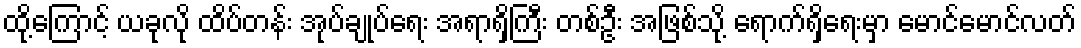
ထို့ကြောင့် ယခုလို ထိပ်တန်း အုပ်ချုပ်ရေး အရာရှိကြီး တစ်ဦး အဖြစ်သို့ ရောက်ရှိရေးမှာ မောင်မောင်လတ်